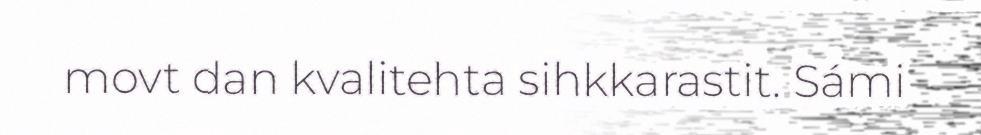
movt dan kvalitehta sihkkarastit. Sámi